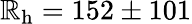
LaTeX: \mathbb{R}_{\mathrm{{h}}}=152\pm101